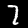
Label: 7